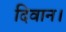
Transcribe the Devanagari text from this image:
दिवान।